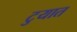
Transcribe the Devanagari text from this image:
टुयात